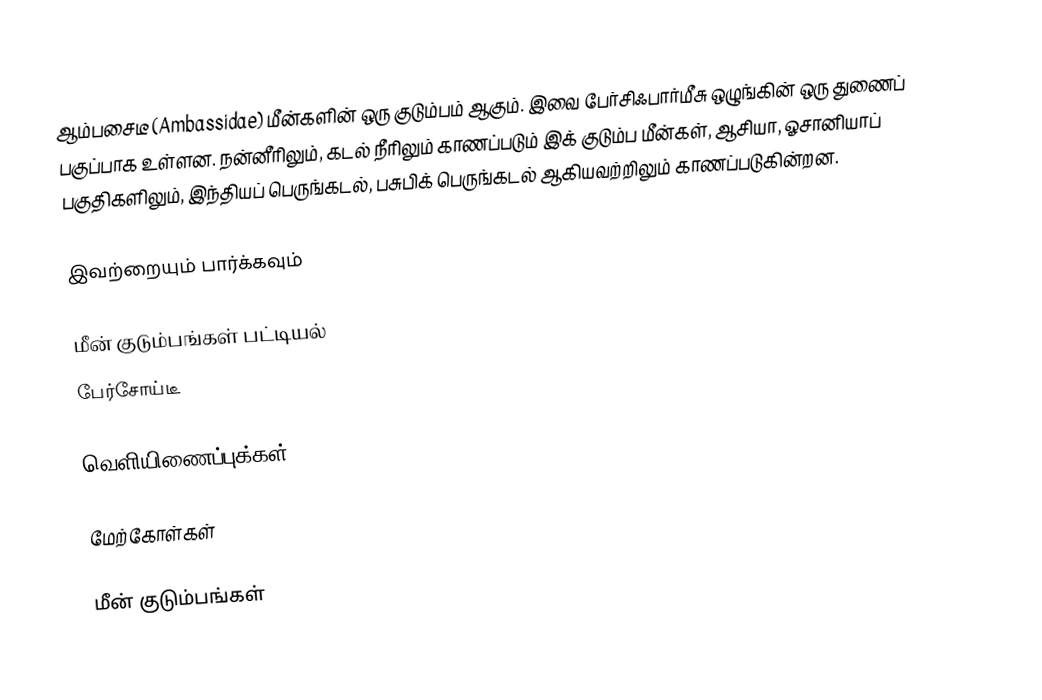
ஆம்பசைடீ (Ambassidae) மீன்களின் ஒரு குடும்பம் ஆகும். இவை பேர்சிஃபார்மீசு ஒழுங்கின் ஒரு துணைப் பகுப்பாக உள்ளன. நன்னீரிலும், கடல் நீரிலும் காணப்படும் இக் குடும்ப மீன்கள், ஆசியா, ஓசானியாப் பகுதிகளிலும், இந்தியப் பெருங்கடல், பசுபிக் பெருங்கடல் ஆகியவற்றிலும் காணப்படுகின்றன.

இவற்றையும் பார்க்கவும்

 மீன் குடும்பங்கள் பட்டியல்
 பேர்சோய்டீ

வெளியிணைப்புக்கள்

மேற்கோள்கள்

மீன் குடும்பங்கள்